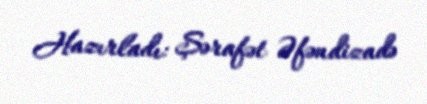
Hazırladı: Şərafət Əfəndizadə